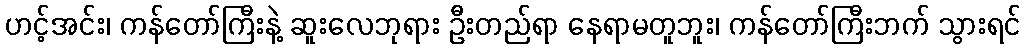
ဟင့်အင်း၊ ကန်တော်ကြီးနဲ့ ဆူးလေဘုရား ဦးတည်ရာ နေရာမတူဘူး၊ ကန်တော်ကြီးဘက် သွားရင်